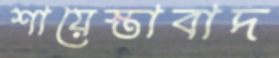
শায়েস্তাবাদ